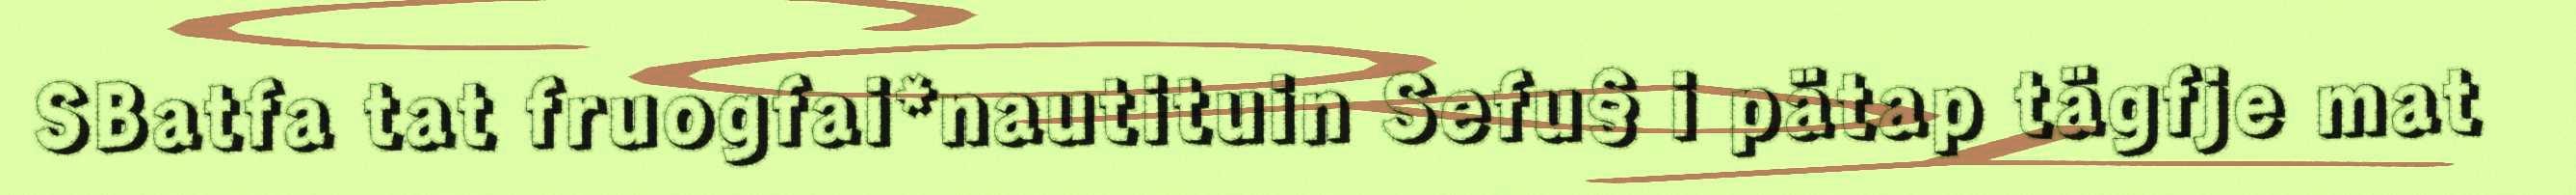
SBatfa tat fruogfai*nautituin Sefu§ i pätap tägfje mat